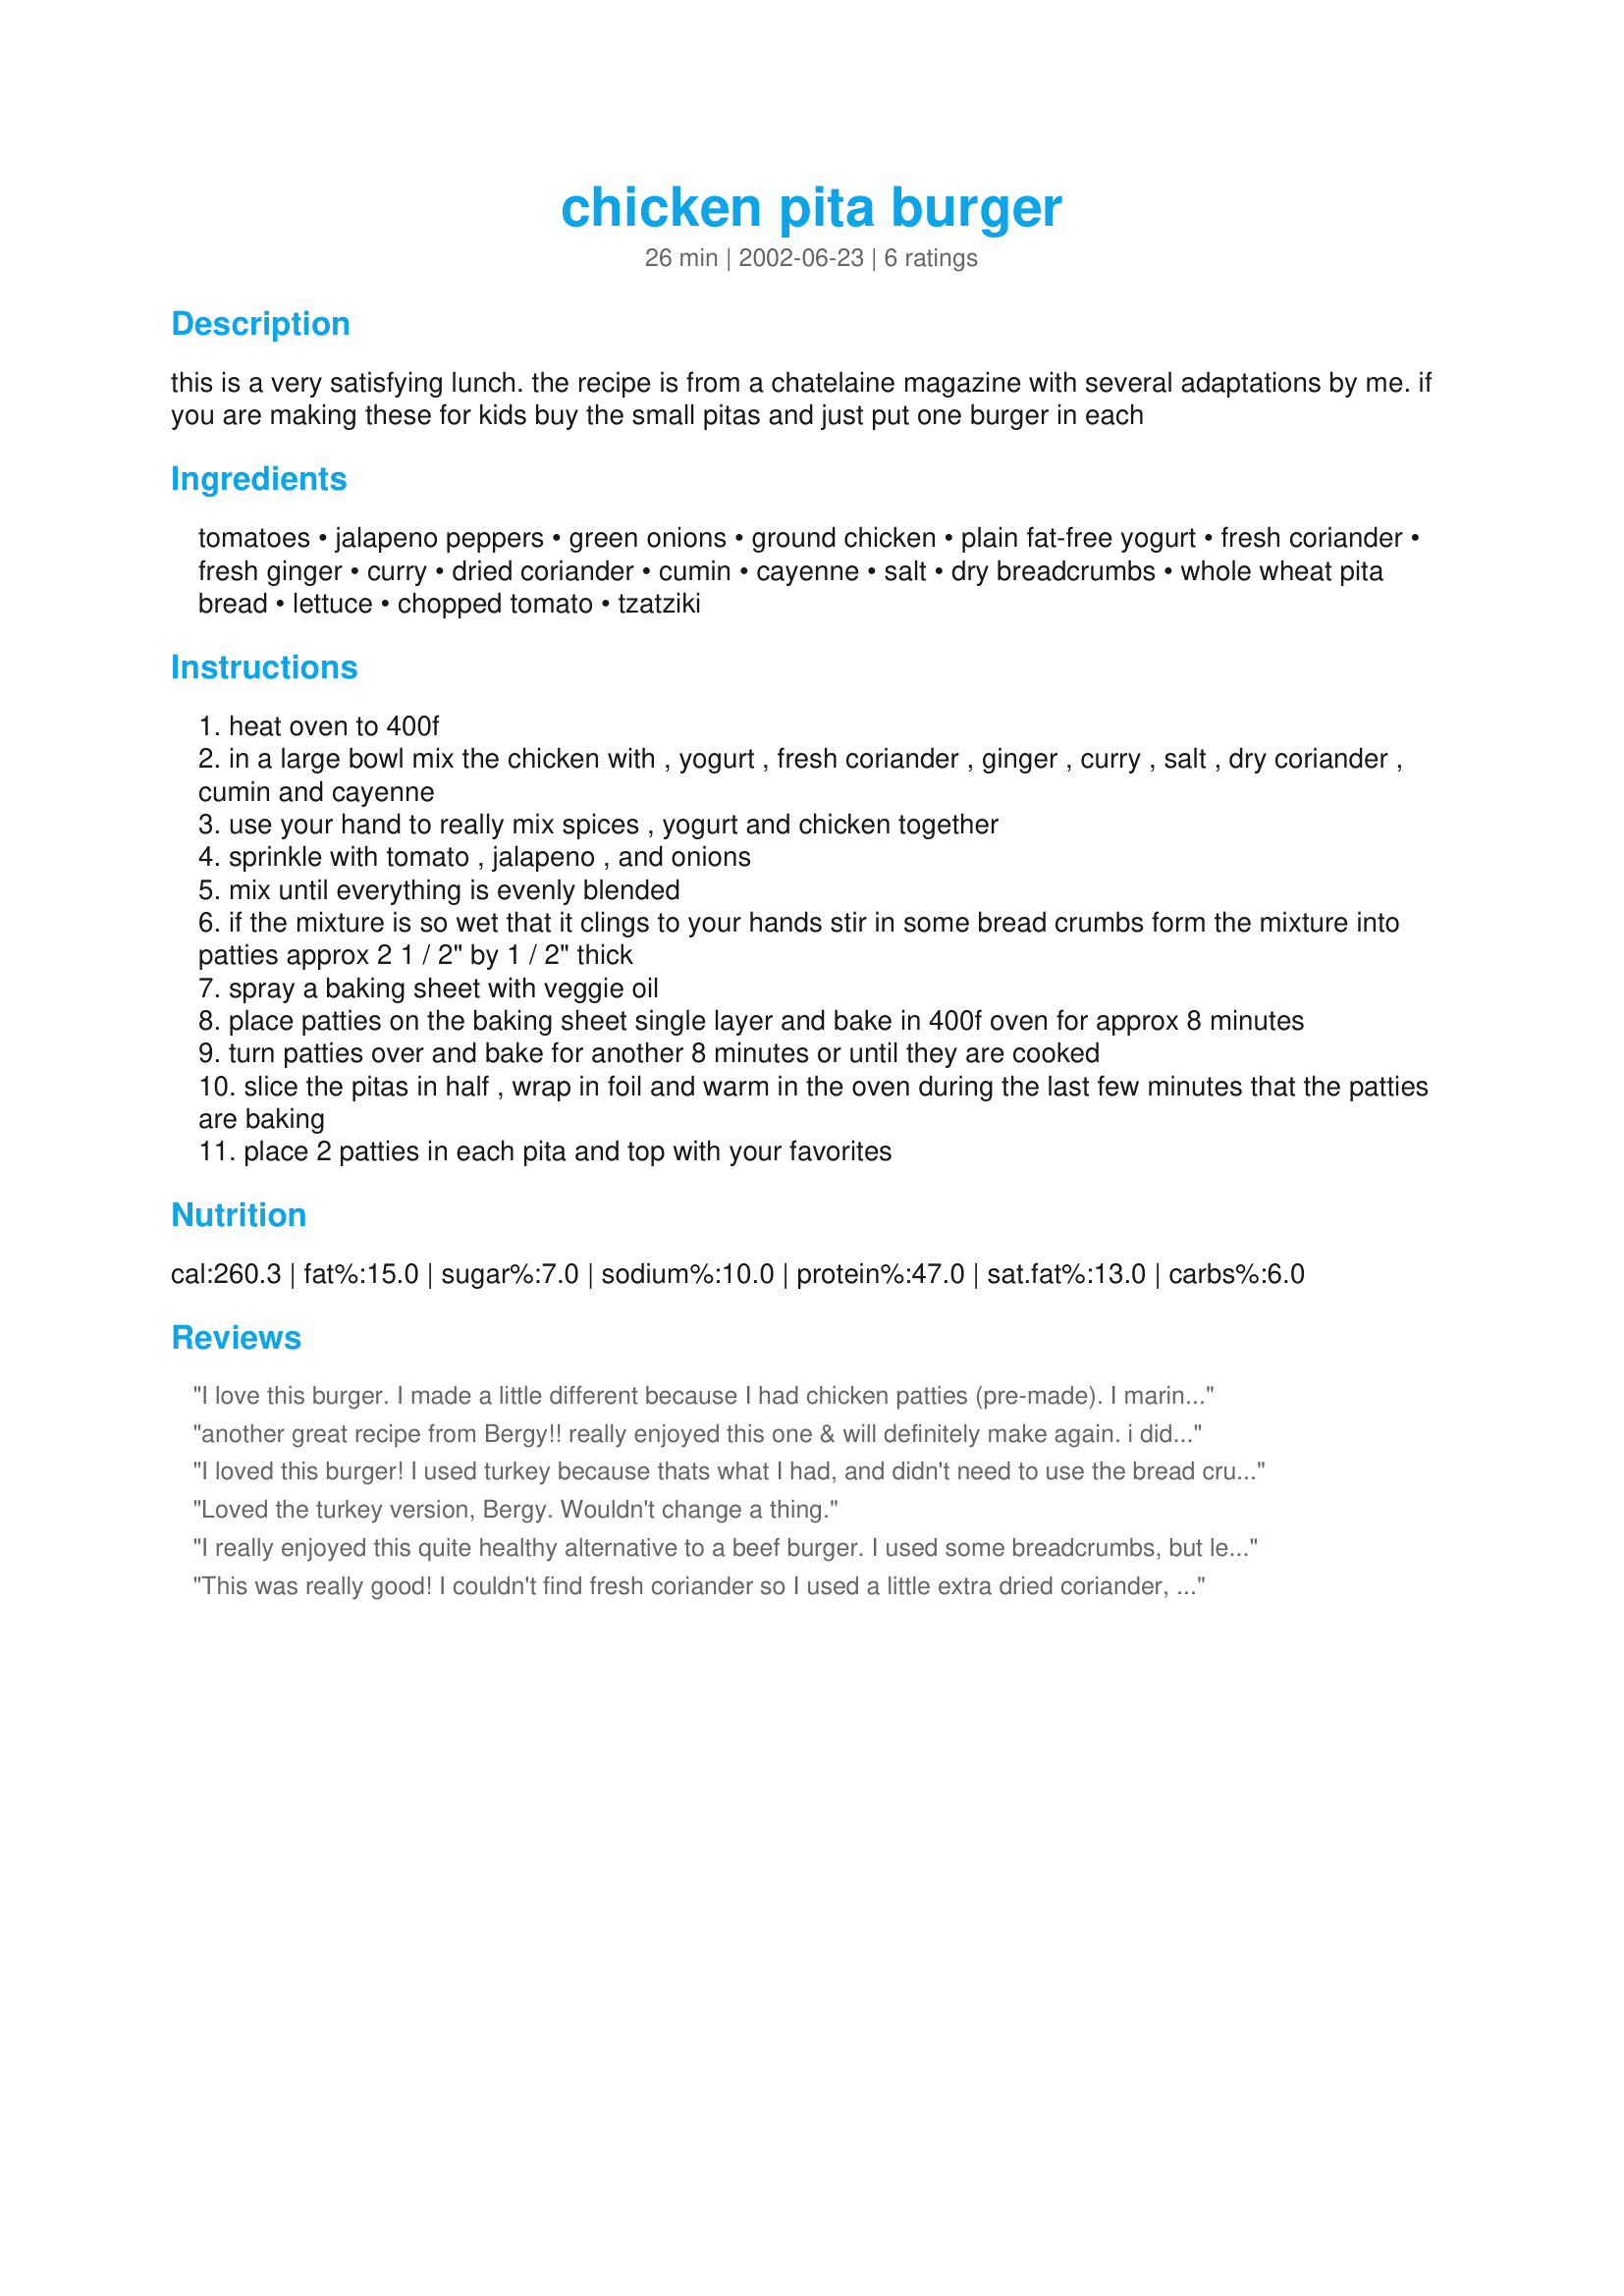
chicken pita burger
Preparation time: 26 minutes

this is a very satisfying lunch. the recipe is from a chatelaine magazine with several adaptations by me. if you are making these for kids buy the small pitas and just put one burger in each

Ingredients:
tomatoes, jalapeno peppers, green onions, ground chicken, plain fat-free yogurt, fresh coriander, fresh ginger, curry, dried coriander, cumin, cayenne, salt, dry breadcrumbs, whole wheat pita bread, lettuce, chopped tomato, tzatziki

Steps:
heat oven to 400f
in a large bowl mix the chicken with , yogurt , fresh coriander , ginger , curry , salt , dry coriander , cumin and cayenne
use your hand to really mix spices , yogurt and chicken together
sprinkle with tomato , jalapeno , and onions
mix until everything is evenly blended
if the mixture is so wet that it clings to your hands stir in some bread crumbs form the mixture into patties approx 2 1 / 2" by 1 / 2" thick
spray a baking sheet with veggie oil
place patties on the baking sheet single layer and bake in 400f oven for approx 8 minutes
turn patties over and bake for another 8 minutes or until they are cooked
slice the pitas in half , wrap in foil and warm in the oven during the last few minutes that the patties are baking
place 2 patties in each pita and top with your favorites

Reviews:
I love this burger. I made a little different because I had chicken patties (pre-made). I marinated the patties with the yogurt, ginger, curry,cumin and cayenne overnight. I served them with onion, jalepeno, tomato and cheese on a 12 grain bread. Definately will be making them again.
another great recipe from Bergy!! really enjoyed this one & will definitely make again. i didnt change a thing except i used white pita bread instead of brown coz thats what i had! thnx 4 a gr8 recpe
I loved this burger! I used turkey because thats what I had, and didn't need to use the bread crumbs .. served it on a regular bun with lots of lettuce, tomatoes and mayo .. thanks!!
Loved the turkey version, Bergy. Wouldn't change a thing.
I really enjoyed this quite healthy alternative to a beef burger. I used some breadcrumbs, but less then 1/4 cup. Next time I'll probably add some garlic, as I felt the patties could need a little bit of something extra. Rather than bake them I grilled them on my George Foreman grill, which worked great. Thanks for sharing Bergy!
This was really good! I couldn't find fresh coriander so I used a little extra dried coriander, which might have been a little less flavorful. Next time I'm planning to add a little extra curry or some garlic. Great with tzatziki.
